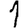
Digit: 1